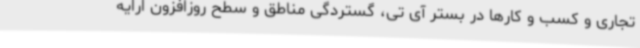
تجاری و کسب و کارها در بستر آی تی، گستردگی مناطق و سطح روزافزون ارایه